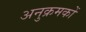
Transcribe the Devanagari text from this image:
अनुक्रमकों